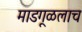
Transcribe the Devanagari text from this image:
माडगूळलाच